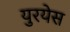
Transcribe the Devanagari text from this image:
युरयेस